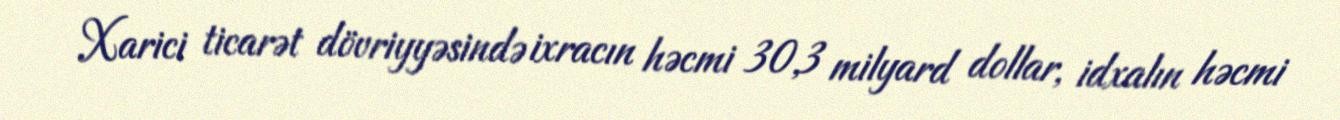
Xarici ticarət dövriyyəsində ixracın həcmi 30,3 milyard dollar, idxalın həcmi